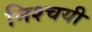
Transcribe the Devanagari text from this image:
निश्‍चयी